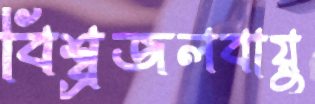
বিশ্ব্রজলবায়ু